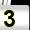
Digit: 3